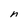
Character: n